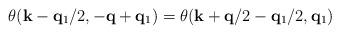
LaTeX: \begin{align*}\theta({\bf{k}} - {\bf{q}}_{1}/2, -{\bf{q}}+{\bf{q}}_{1})= \theta({\bf{k}} + {\bf{q}}/2 - {\bf{q}}_{1}/2, {\bf{q}}_{1})\end{align*}